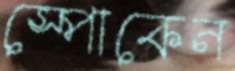
স্পোকেন